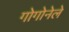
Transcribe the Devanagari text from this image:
गोगोनेले